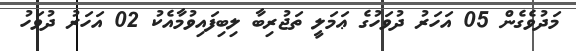
މަދުވެގެން 05 އަހަރު ދުވަހުގެ ޢަމަލީ ތަޖުރިބާ ލިބިފައިވުމާއެކު 02 އަހަރު ދުވަހު